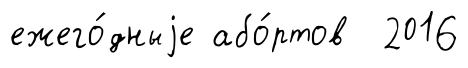
ежего́дныjе або́ртов 2016